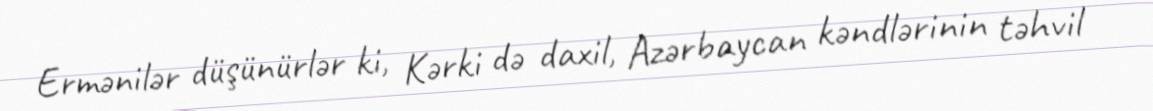
Ermənilər düşünürlər ki, Kərki də daxil, Azərbaycan kəndlərinin təhvil